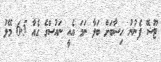
ޓޫޝޭ ފެނުނު ހިސާބަށް ބަލާ ނަމަ އެއީ ނައުސްގެ ގެއާ 6.5 މޭލު